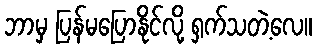
ဘာမှ ပြန်မပြောနိုင်လို့ ရှက်သတဲ့လေ။